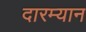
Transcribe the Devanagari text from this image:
दारम्यान